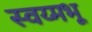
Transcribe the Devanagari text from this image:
स्वय्मभू